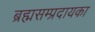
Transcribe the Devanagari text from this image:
ब्रह्मसम्प्रदायका